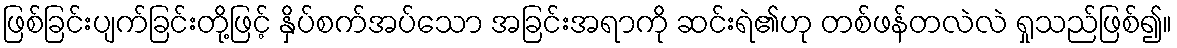
ဖြစ်ခြင်းပျက်ခြင်းတို့ဖြင့် နှိပ်စက်အပ်သော အခြင်းအရာကို ဆင်းရဲ၏ဟု တစ်ဖန်တလဲလဲ ရှုသည်ဖြစ်၍။